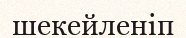
шекейленіп